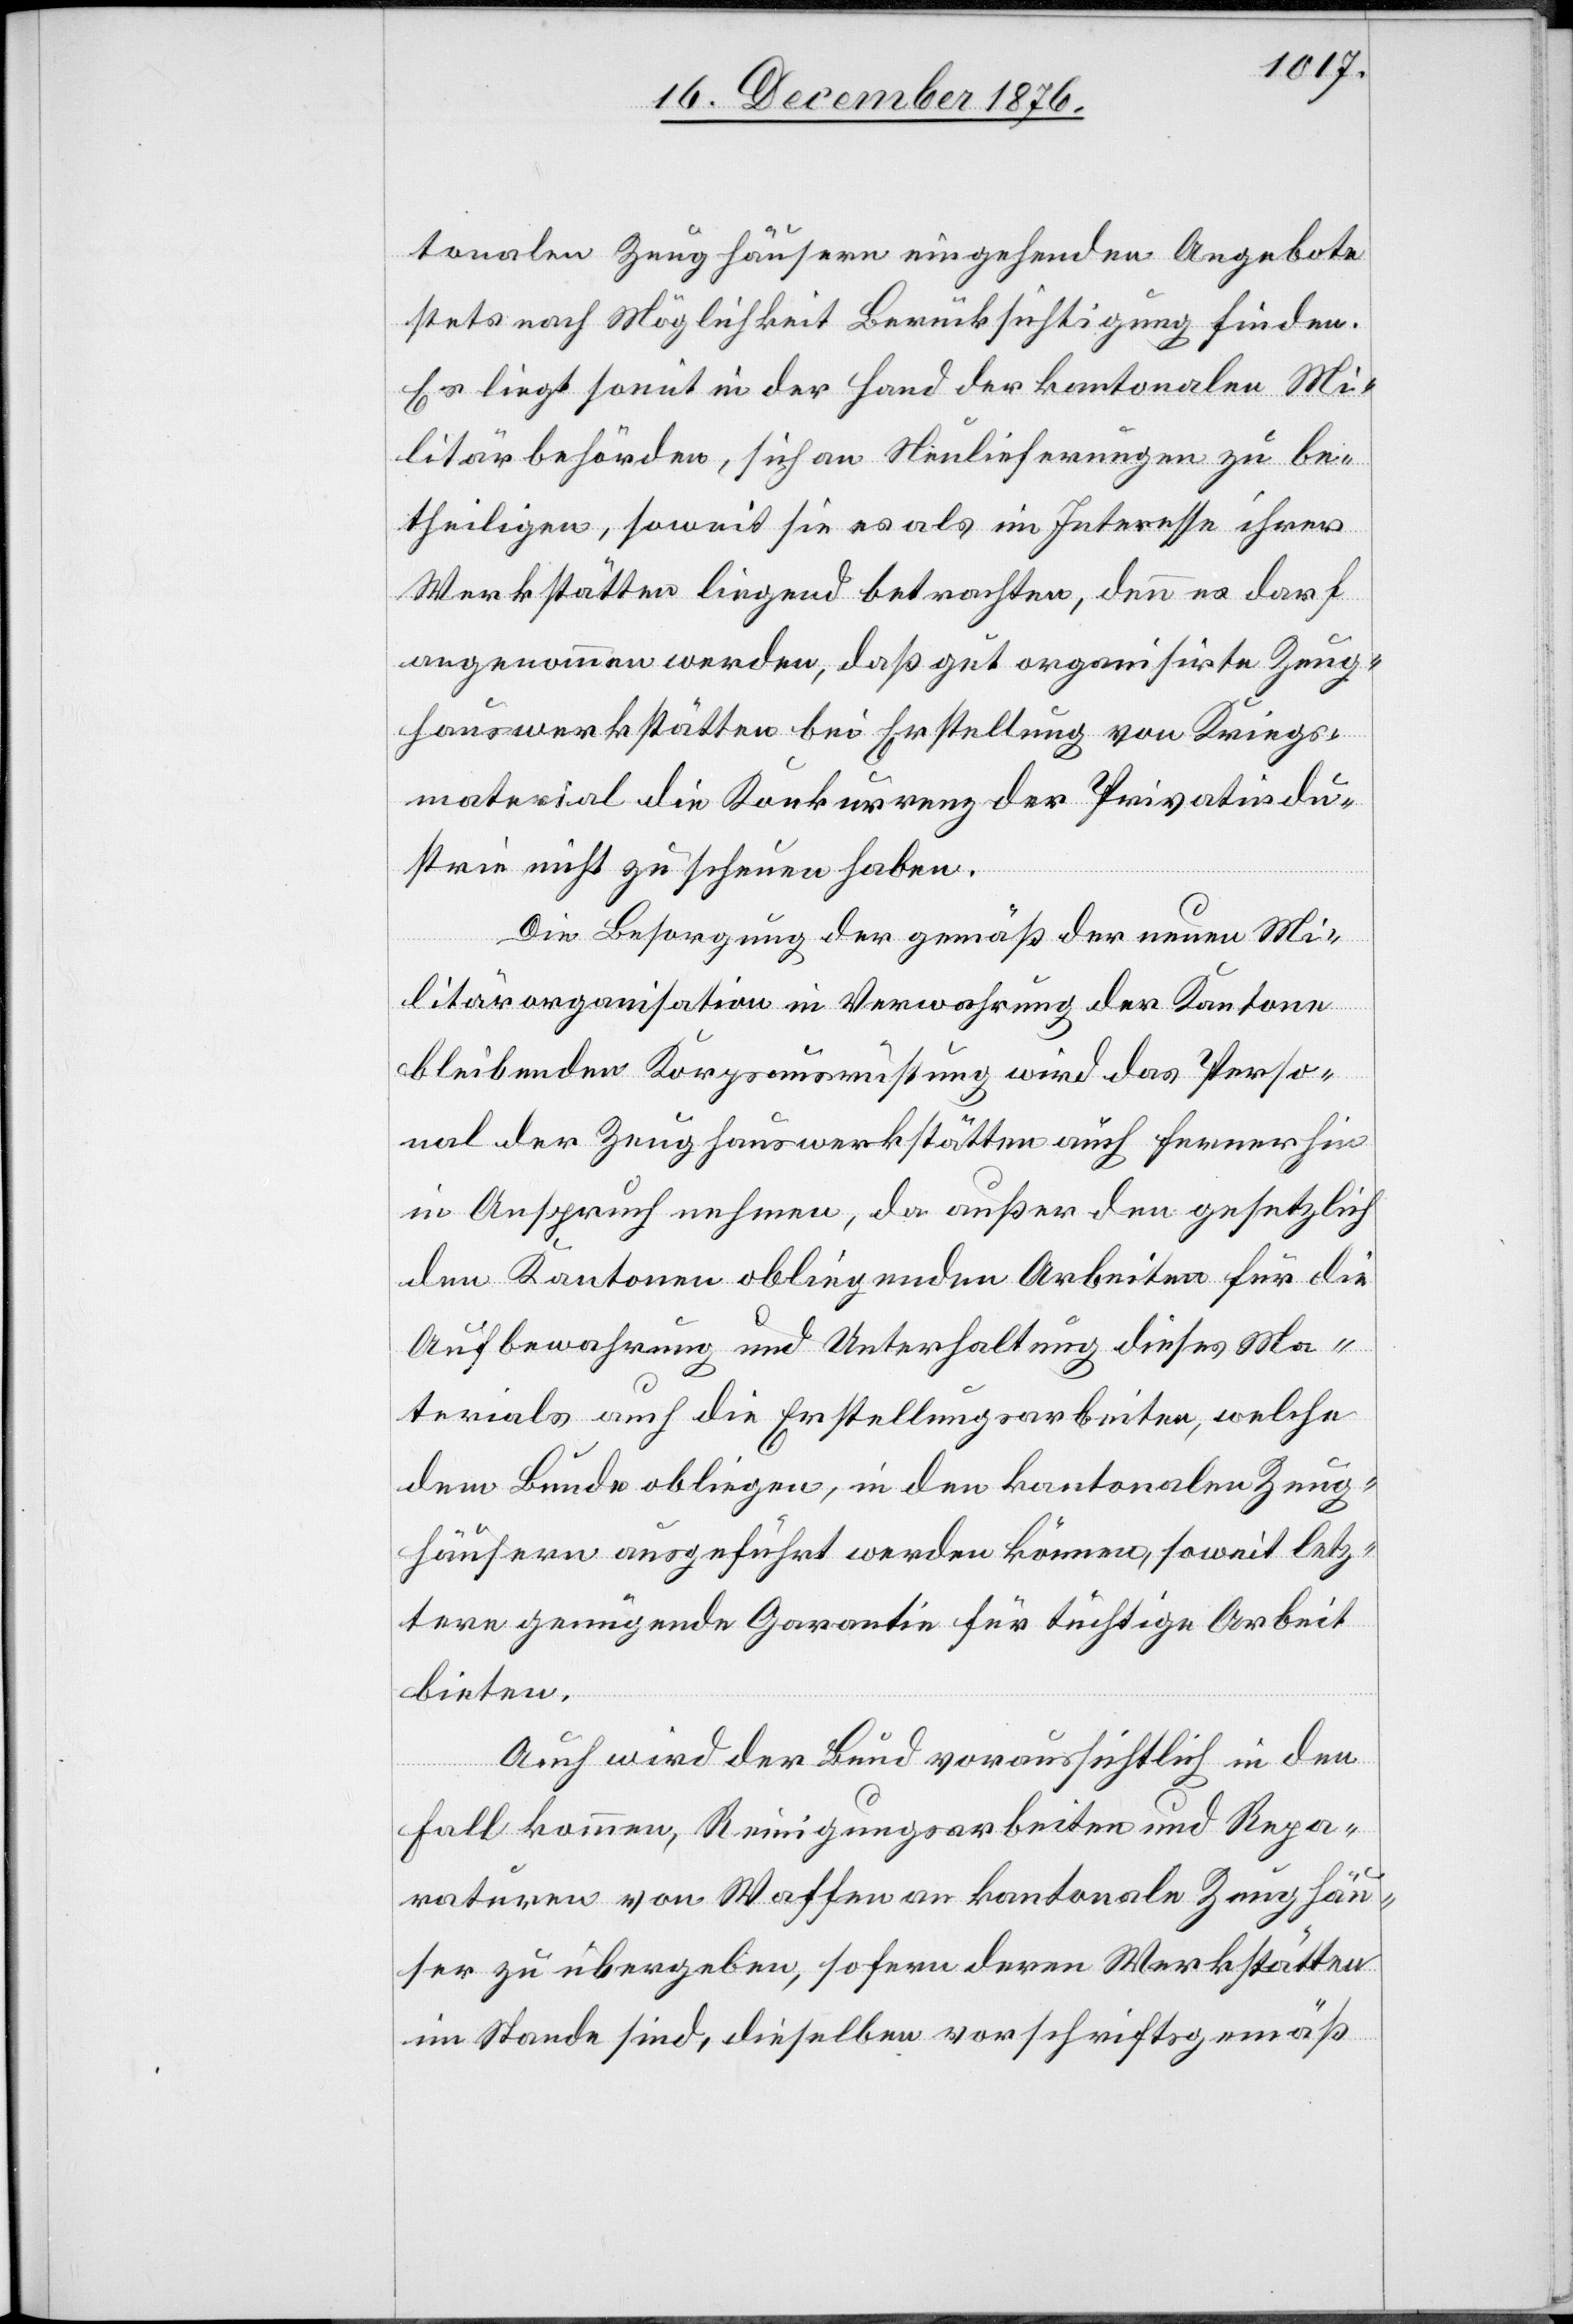
tonalen Zeughäusern eingehenden Angebote
stets nach Möglichkeit Berücksichtigung finden.
Es liegt somit in der Hand der kantonalen Mi¬
litärbehörden, sich an Neulieferungen zu be¬
theiligen, soweit sie es als im Interesse ihrer
Werkstätten liegend betrachten, denn es darf
angenommen werden, daß gut organisirte Zeug¬
hauswerkstätten bei Erstellung von Kriegs¬
material die Konkurrenz der Privatindu¬
strie nicht zu scheuen haben.
Die Besorgung der gemäß der neuen Mi¬
litärorganisation in Verwahrung der Kantone
bleibenden Korpsausrüstung wird das Perso¬
nal der Zeughauswerkstätten auch fernerhin
in Anspruch nehmen, da außer den gesetzlich
den Kantonen obliegenden Arbeiten für die
Aufbewahrung und Unterhaltung dieses Ma¬
terials auch die Erstellungsarbeiten, welche
dem Bunde obliegen, in den kantonalen Zeug¬
häusern ausgeführt werden können, soweit letz¬
tere genügende Garantie für tüchtige Arbeit
bieten.
Auch wird der Bund voraussichtlich in den
Fall kommen, Reinigungsarbeiten und Repa¬
raturen von Waffen an kantonale Zeughäu¬
ser zu übergeben, sofern deren Werkstätten
im Stande sind, dieselben vorschriftsgemäß